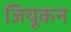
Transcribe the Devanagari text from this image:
जियूकन